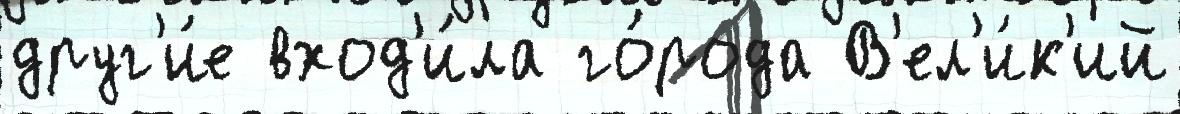
друг'и́е вход'и́ла го́рода В'ел'и́к'ий